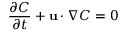
\frac { \partial C } { \partial t } + \mathbf { u } \cdot \nabla C = 0